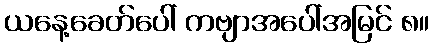
ယနေ့ခေတ်ပေါ် ကဗျာအပေါ်အမြင် ၈။